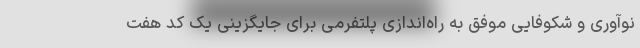
نوآوری و شکوفایی موفق به راه‌اندازی پلتفرمی برای جایگزینی یک کد هفت